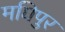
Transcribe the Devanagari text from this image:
मघिपुर